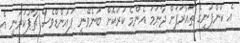
އެ ކުންފުނީގެ ތައާރަފަށް ދާނަމަ އެންމެ ކުރުކޮށް ބުނެވޭނީ ޕައުންޑްވެސް ޗާޕުކުރަނީ އެ